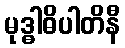
မုဒ္ဓါဓိပါတိနီ